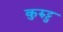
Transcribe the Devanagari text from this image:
कुरुट्टु